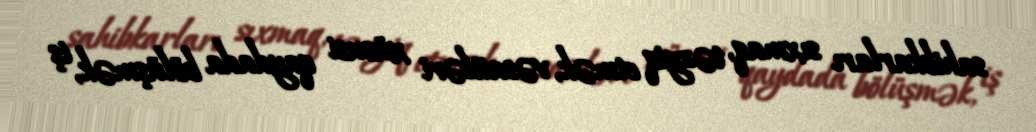
sahibkarları sıxmaq, təzyiq etmək, vəsaitləri xüsusi qaydada bölüşmək, iş